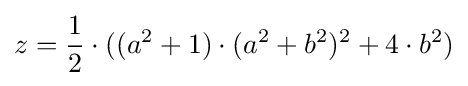
z={\frac {1}{2}}\cdot ((a^{2}+1)\cdot (a^{2}+b^{2})^{2}+4\cdot b^{2})